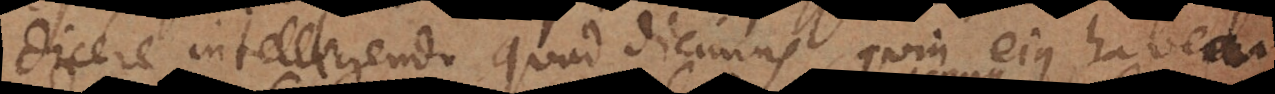
dicere, intelligendo quod dicimus, quin ejus habe